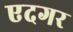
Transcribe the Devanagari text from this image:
एदगर